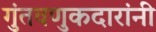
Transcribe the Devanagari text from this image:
गुंतवणुकदारांनी